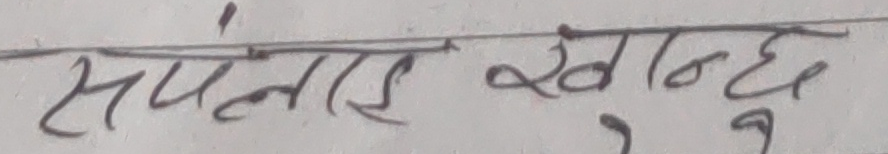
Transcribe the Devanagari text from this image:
सपनालाई खान्छ?